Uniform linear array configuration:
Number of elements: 12
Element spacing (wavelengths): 0.5
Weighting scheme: hann
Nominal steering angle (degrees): -45
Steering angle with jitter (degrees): -46.386
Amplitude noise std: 0.05
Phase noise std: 0.05

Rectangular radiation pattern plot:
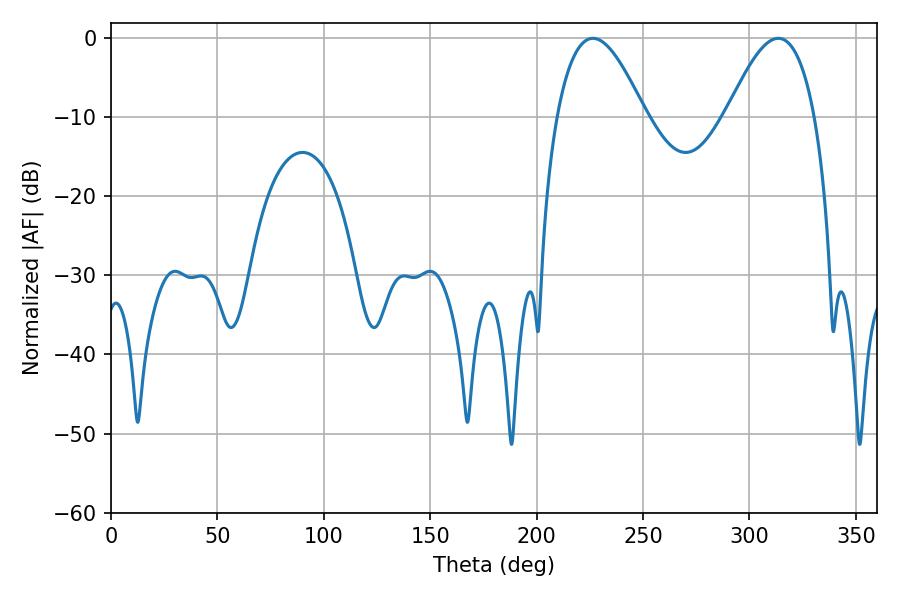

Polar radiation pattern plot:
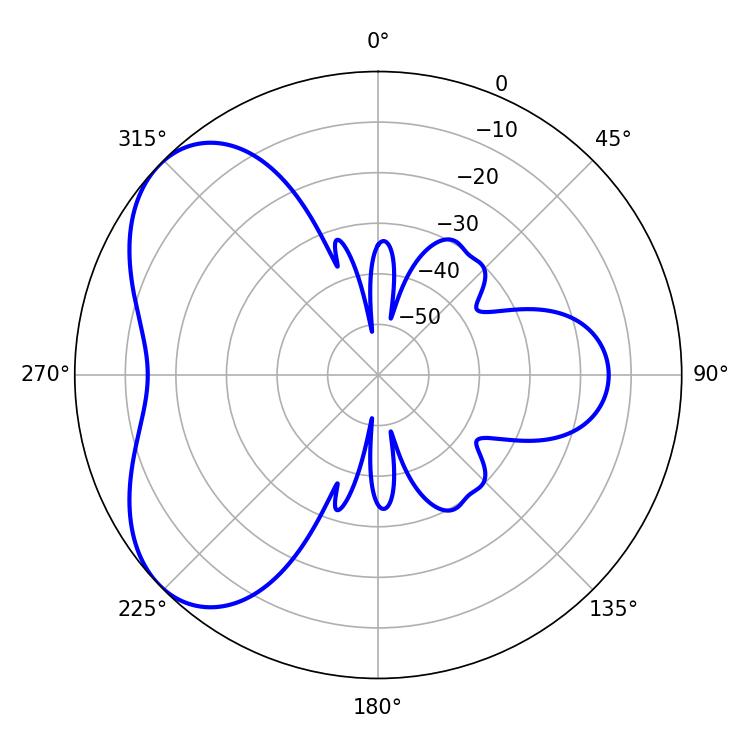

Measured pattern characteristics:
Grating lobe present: FALSE
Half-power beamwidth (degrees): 22.68
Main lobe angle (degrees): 226.44